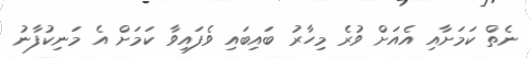
ނެތް ކަމަށާއި އެއަށް ވުރެ މިހާރު ބައިބައި ވެފައިވާ ކަމަށް އެ މަނިކުފާނު